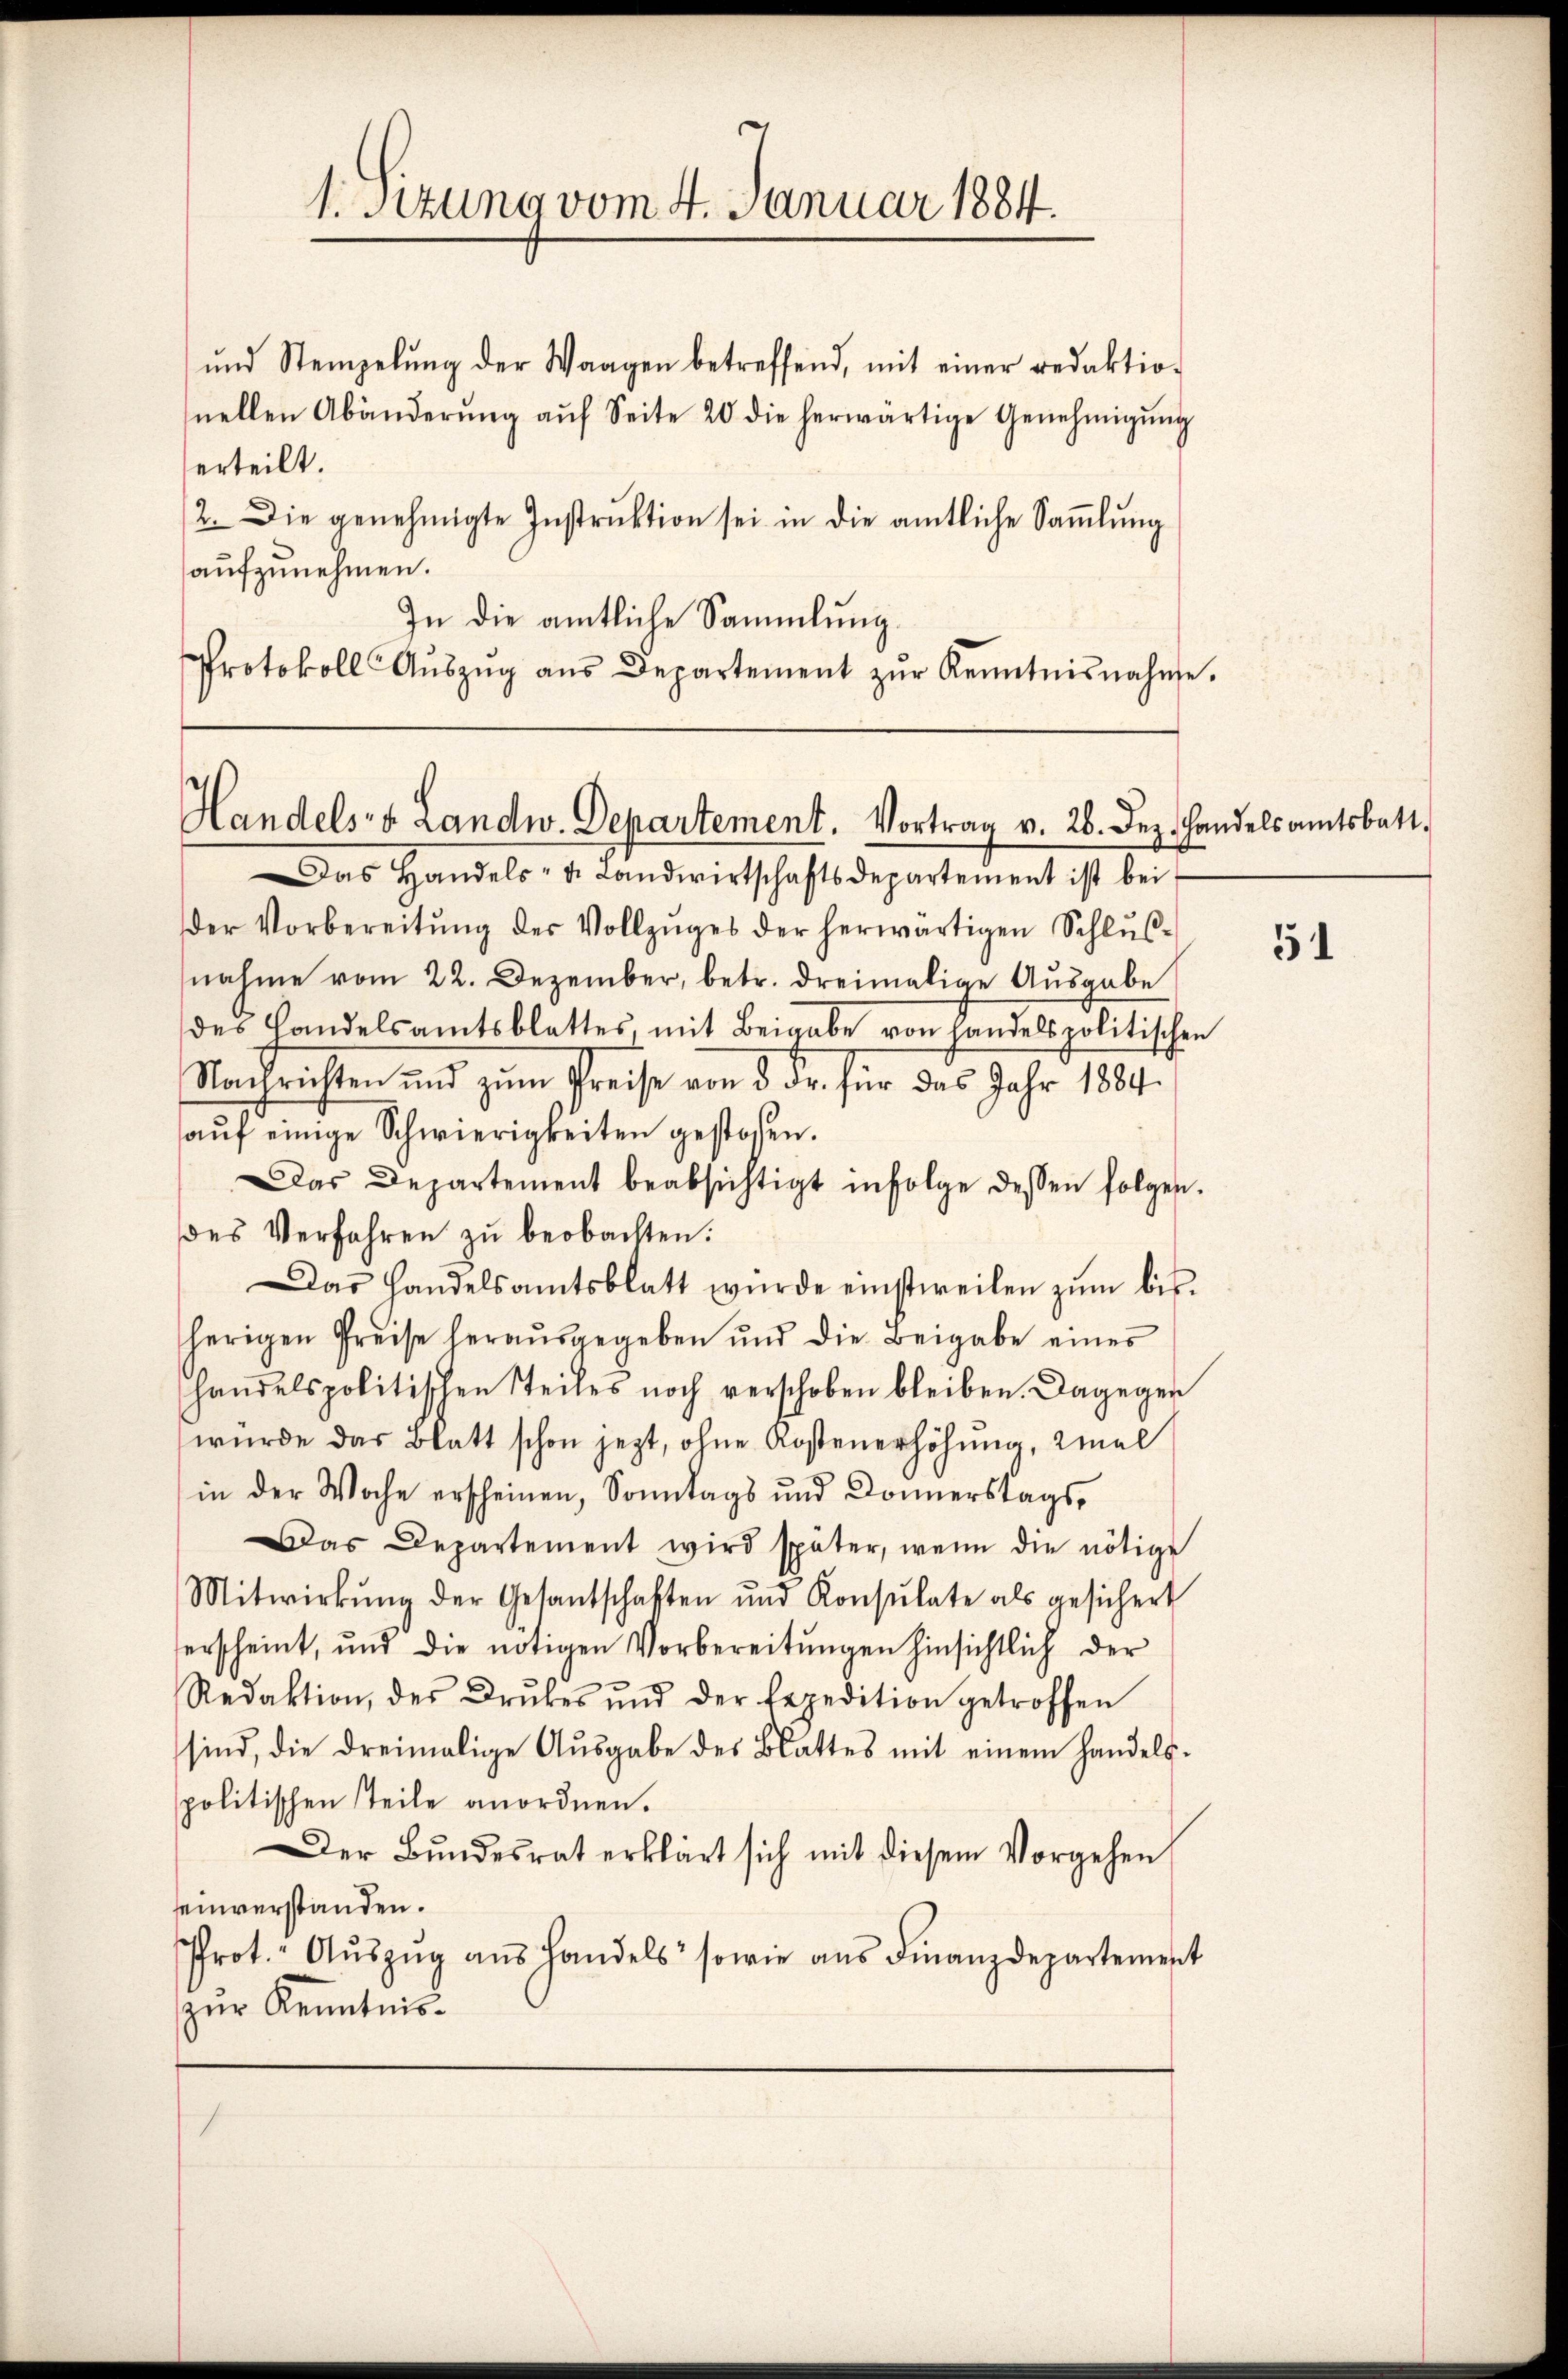
1. Sitzung vom 4. Januar 1884.

ŭnd Stempelŭng der Waagen betreffend, mit einer redaktion
nellen Abänderŭng aŭf Seite 20 die herwärtige Genehmigŭng
erteilt.
2. Die genehmigte Instrŭktion sei in die amtliche Saṁlŭng
aufzunehmen.
In die amtliche Sammlung.
Protokoll Aŭszŭg aŭs Departement zŭr Kenntnisnahme.

Handels- & Landw. Departement. Vortrag v. 26. Dez. Handelsamtsbatt.

Das Handels- u. Landwirtschaftsdepartement ist bei
der Vorbereitŭng des Vollzŭges der herwärtigen Schlŭs-
nahme vom 22. Dezember, betr. dreimalige Ausgabe
des Handelsamtsblattes, mit Beigabe von handels politischen
Nachrichten und zum Preise von 5 Fr. für das Jahr 189.
aŭf einige Schwierigkeiten gestoßen.
Das Departement beabsichtigt infolge dessen folgen.
des Verfahren zu beobachten.
Das Handelsamtsblatt würde einstweilen zŭm bis-
herigen Preise herausgegeben und die Beigabe eines
handelspolitischen Teiles noch verschoben bleiben. Dagegen
würde das Blatt schon jezt, ohne Kostenerhöhung, 2mal
in der Woche erscheinen, Sonntags und Donnerstags¬
Das Departement wird später, wenn die nötige
Mitwirkŭng der Gesantschaften und Konsulate als gesichert
erscheint, und die nötigen Vorbereitŭngen hinsichtlich der
Redaktion, des Drŭkes und der Expedition getroffen
sind, die dreimalige Aŭsgabe des Blattes mit einem handels-
spolitischen Teile anordnen.
Der Bŭndesrat erklärt sich mit diesem Vorgehen
seinverstanden.
Prot. Aŭszŭg ans Handels sowie aus Finanzdepartement
zur Kenntnis.

51